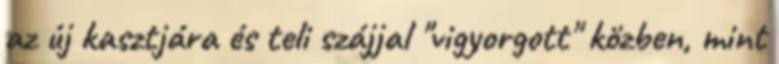
az új kasztjára és teli szájjal "vigyorgott" közben, mint